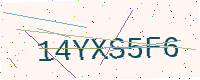
Text: 14YXS5F6